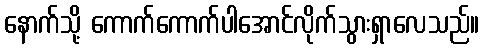
နောက်သို့ ကောက်ကောက်ပါအောင်လိုက်သွားရှာလေသည်။